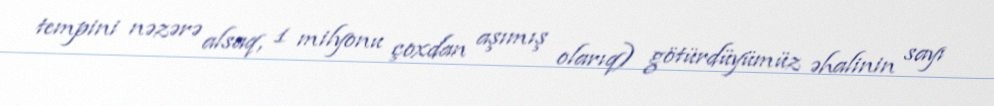
tempini nəzərə alsaq, 1 milyonu çoxdan aşımış olarıq) götürdüyümüz əhalinin sayı